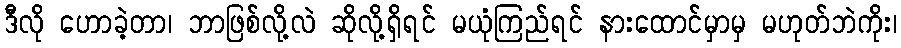
ဒီလို ဟောခဲ့တာ၊ ဘာဖြစ်လို့လဲ ဆိုလို့ရှိရင် မယုံကြည်ရင် နားထောင်မှာမှ မဟုတ်ဘဲကိုး၊